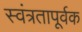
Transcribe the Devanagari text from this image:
स्वंत्रतापूर्वक